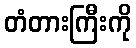
တံတားကြီးကို